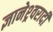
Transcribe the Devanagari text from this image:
ज्ञानेश्र्वरादी